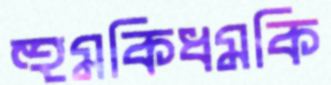
হুমকিধমকি